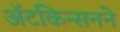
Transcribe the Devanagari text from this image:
ॲटकिन्सनने